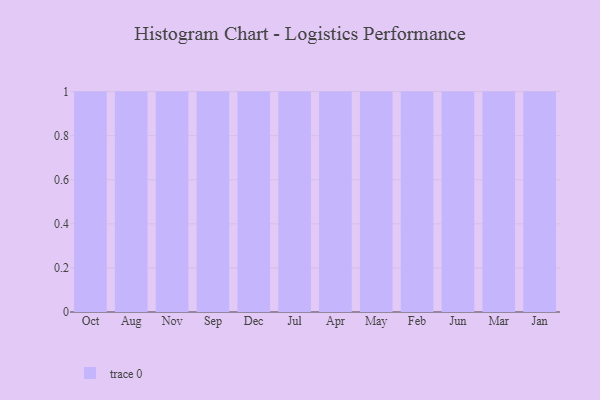
{"axis": {"x": "Month", "y": "Page Views"}, "legend": [""], "data": [{"x": "Oct", "y": 69, "type": ""}, {"x": "Aug", "y": 94, "type": ""}, {"x": "Nov", "y": 42, "type": ""}, {"x": "Sep", "y": 45, "type": ""}, {"x": "Dec", "y": 76, "type": ""}, {"x": "Jul", "y": 87, "type": ""}, {"x": "Apr", "y": 3, "type": ""}, {"x": "May", "y": 45, "type": ""}, {"x": "Feb", "y": 45, "type": ""}, {"x": "Jun", "y": 14, "type": ""}, {"x": "Mar", "y": 53, "type": ""}, {"x": "Jan", "y": 12, "type": ""}]}